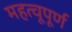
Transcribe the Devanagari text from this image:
महत्वूपूर्ण